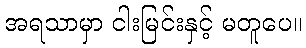
အရသာမှာ ငါးမြင်းနှင့် မတူပေ။